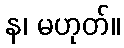
န၊ မဟုတ်။